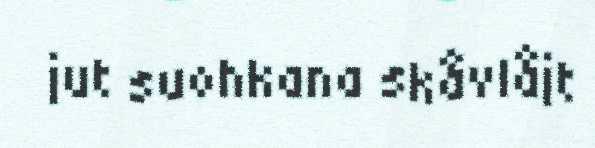
jut suohkana skåvlåjt